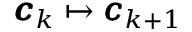
\pmb { c } _ { k } \mapsto \pmb { c } _ { k + 1 }